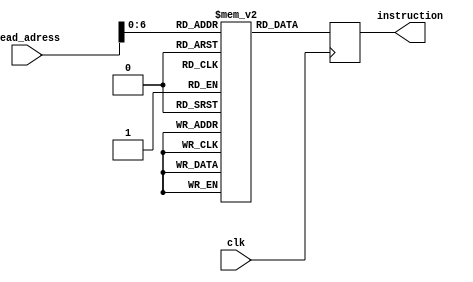
module instr_memory_block(instruction,read_adress,clk);

//by convention, I wrote first outputs then inputs.
output reg [31:0] instruction;
input [13:0] read_adress; //adress will be 14 bits(16KB)
input clk;

//  there will be 28 instr. for testing
//  but we have jump,beq instr. therefore number of inst. will be more.
reg [31:0] instr_memory [99:0]; 

//No file operation here, it will be in testbench.
//get instruction by extending adress(zero extend)
always @(posedge clk) 
begin
	instruction <= instr_memory[{18'b0,read_adress}];
end

endmodule